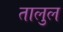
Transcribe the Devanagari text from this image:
तालुल